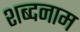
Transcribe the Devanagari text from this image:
शब्दनाम